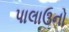
પાલાઉનો